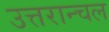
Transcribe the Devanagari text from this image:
उत्तरान्चल